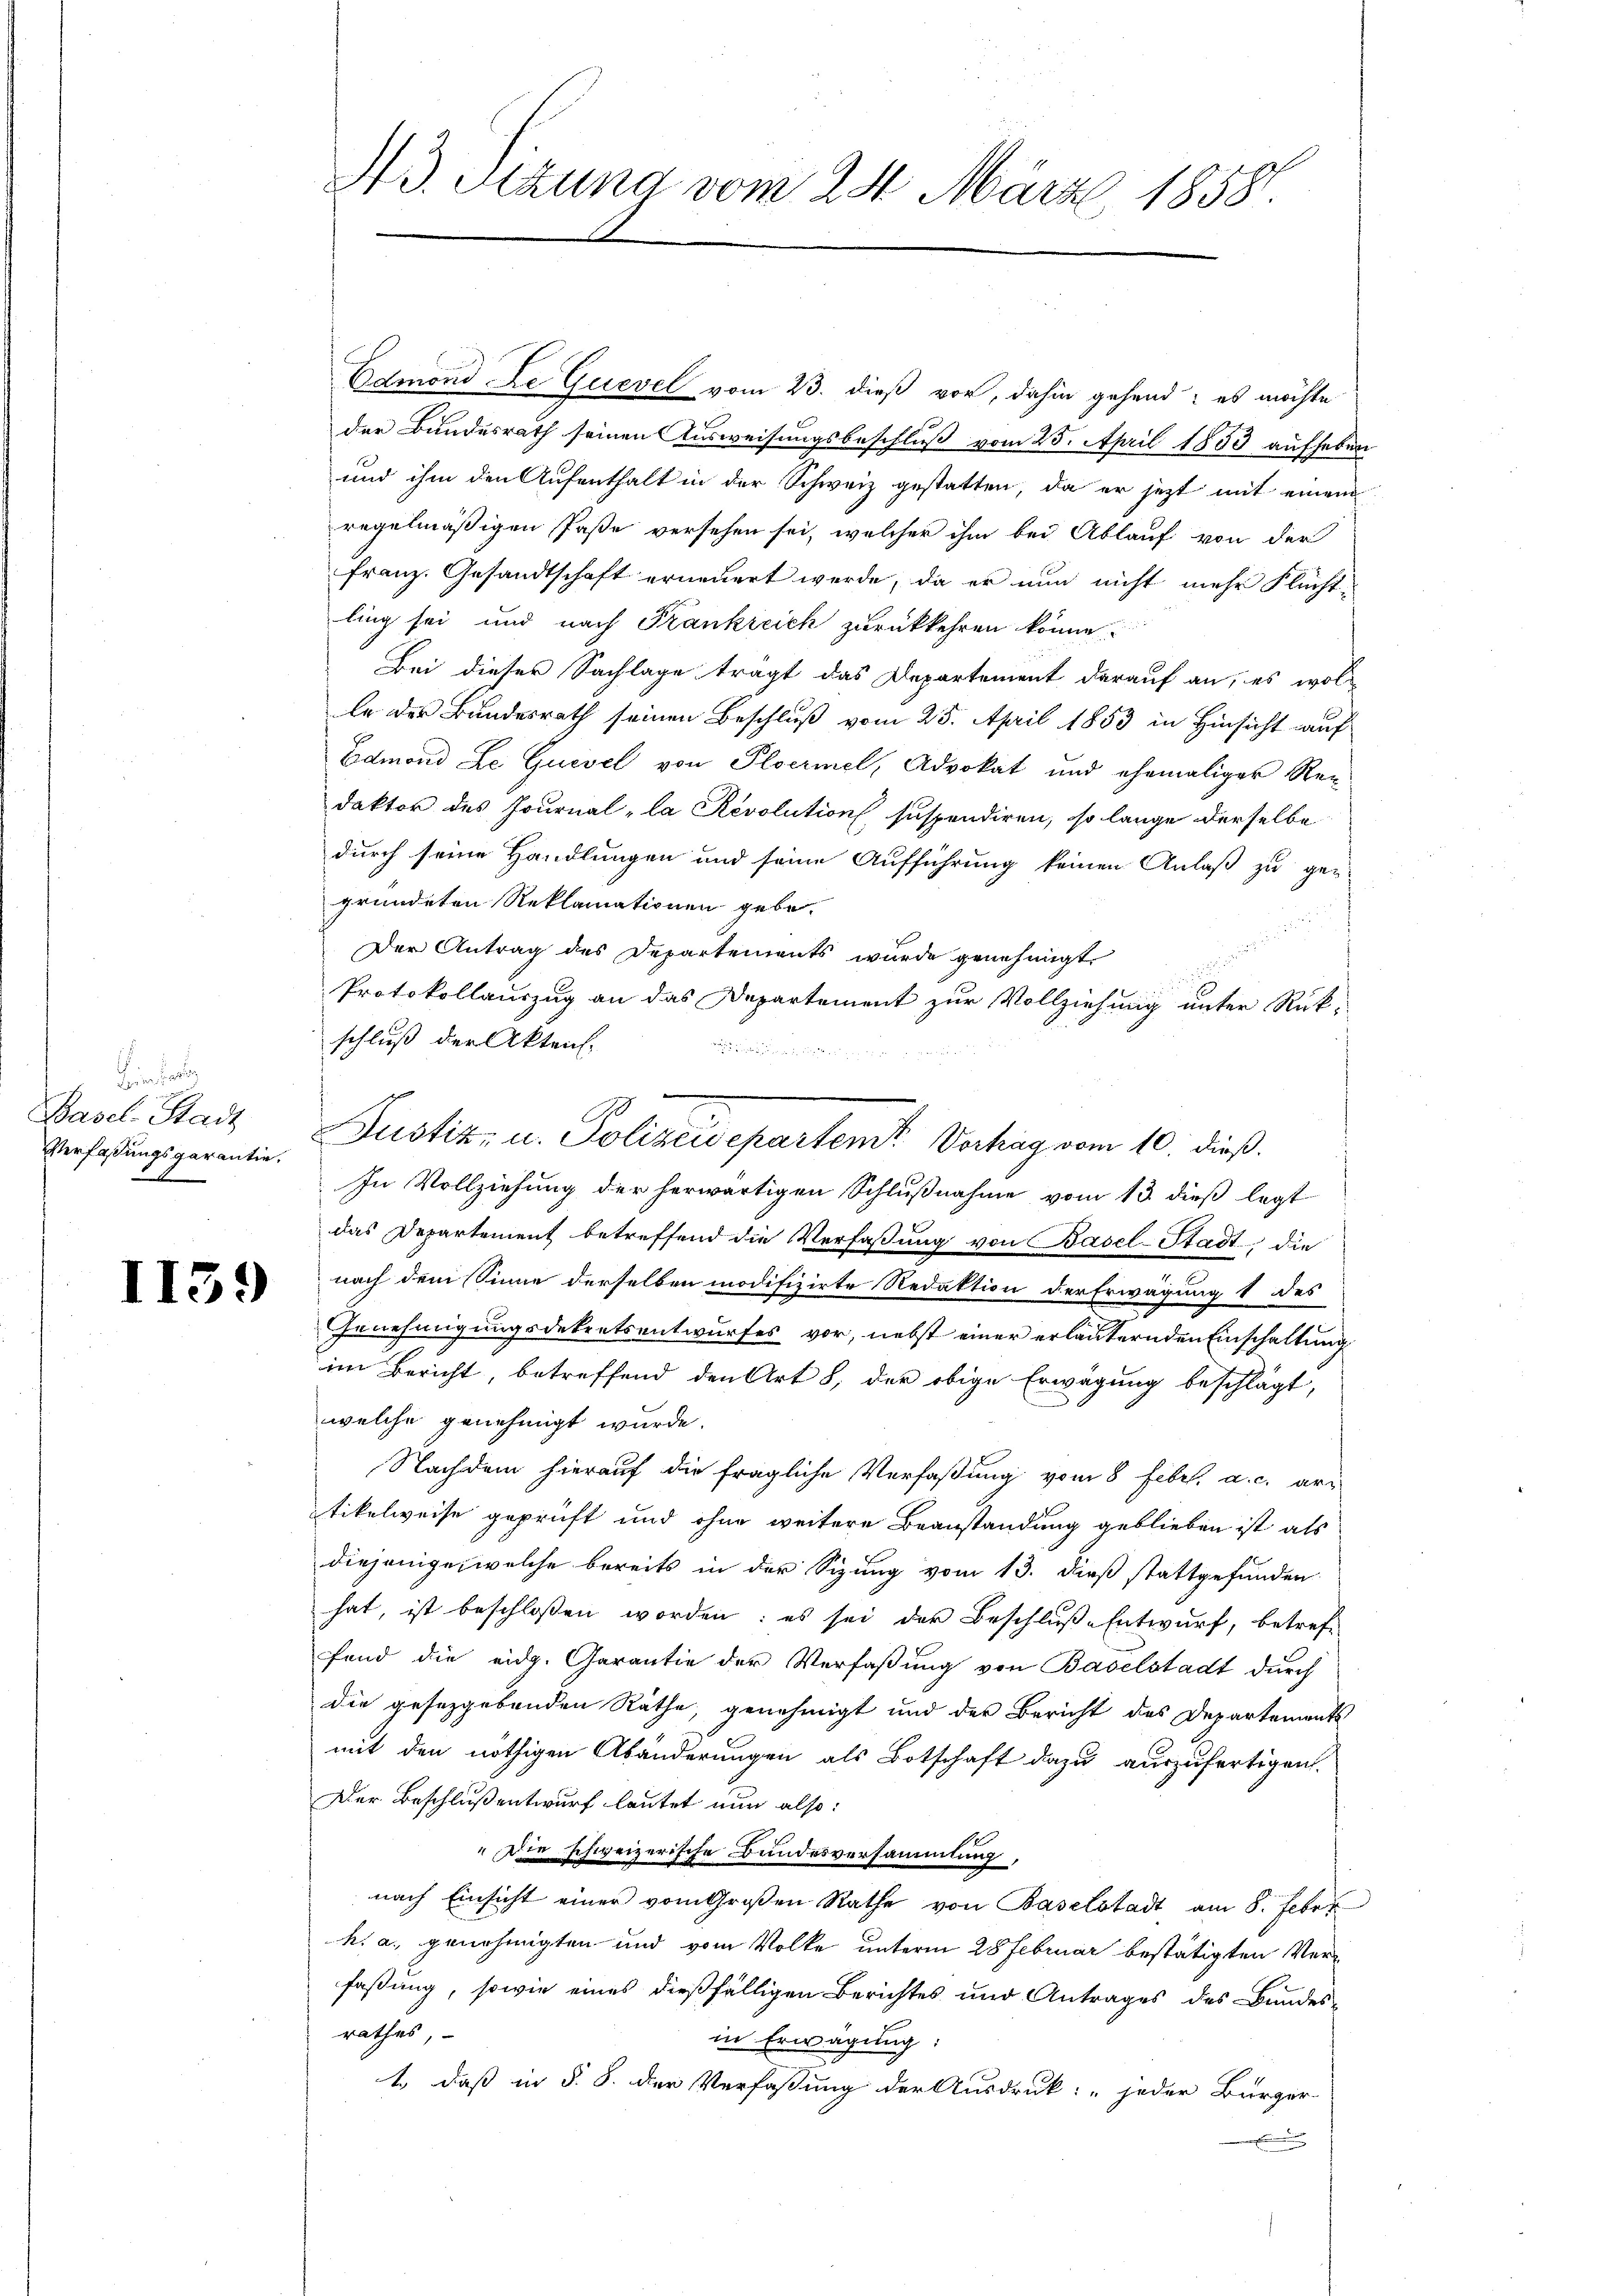
i
Basel-Stadt
Verfassungsgarantie,
x

I139

A3. Sitzung vom 24. März 1858.

Edmond De Quevel vom 23. dieß vor, dahin gehend; es möchte
der Bundesrath seinen Ausweisungsbeschluß vom 25. April 1853 aufheben
und ihm den Aufenthalt in der Schweiz gestatten, da er jetzt mit einem
regelmäßigen Paße versehen sei, welcher ihm bei Ablauf von der
Franz. Gesandtschaft erneuert werde, da er nun nicht mehr Flecht-
ling sei und nach Frankreich zurückkehren könne
Bei dieser Sachlage trägt das Departement darauf an, es wol
le der Bundesrath seinen Beschluß vom 25. April 1853 in Hinsicht auf
Edmond Le Guevel von Ploermel, Advokat und ehemaliger Re-
daktor des Journal la Révolution suspendiren, so lange derselbe
durch seine Handlungen und seine Aufführung keinen Anlaß zu ge-
gründeten Reklamationen gebe.
Der Antrag des Departements wurde genehmigt
1
Protokollauszug an das Departement zur Vollziehung unter Rück-
schluß der Akten.
a
In Vollziehung der herwärtigen Schlußnahme vom 13. dieß legt
das Departement betreffend die Verfaßung von Basel-Stadt die
nach dem Sinne derselben modifizirte Redaktion der Erwägung 1 des
Genehmigungsdekretsentwurfes vor, nebst einer erläuternden Einschaltung
im Bericht, betreffend den Art 8, der obige Erwägung beschlägt,
welche genehmigt wurde.
Nachdem hierauf die fragliche Verfaßung vom 8. Febr. a. c. artikelweise geprüft und ohne weitere Beanstandung geblieben ist als
diejenige, welche bereits in der Sizung vom 13. dieß stattgefunden
hat, ist beschloßen worden: es sei der Beschluß-Entwurf, betref-
fond die eidg. Garantie der Verfaßung von Baselstadt durch
die gesetzgebenden Räthe, genehmigt und der Bericht des Departements
mit den nöthigen Abänderungen als Botschaft dazu auszufertigen.
Der Beschluß entwurf lautet nun also:
" die schweizerische Bundesversammlung,
nach Einsicht einer vom Großen Rathe von Baselstadt am 8. Febr.
k. a. genehmigten und vom Volke unterm 28 Februar bestätigten Verfassung, sowie eines dießfälligen Berichtes und Antrages des Bundesrathes,
in Erwägung:
1., daß in §. 8. der Verfaßung der Ausdruck: „jeder Bürger
x

Justiz- u. Polizeisepartem Vortrag vom 10. dieß.